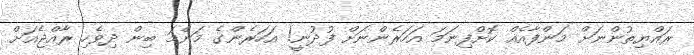
ރައްޔިތުންނަށް މަންފާއެއް ކޮށްފިނަމަ އަހަރެންނަށް ފުދުނީ! އަހަރެންގެ މަންމަ ބިން ދިވެހި ރާއްޖެއަށް